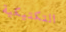
التكتيكية